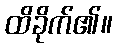
ထိခိုက်၏။